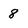
Character: 8